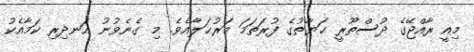
މިއީ ރާއްޖޭގެ ދުސްތޫރީ ޙަޔާތުގެ ފުރަތަމަ މަރުޙަލާއެވެ. މި ގެނެވުނު އަނދިރި ކަމާއެކު